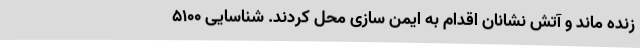
زنده ماند و آتش نشانان اقدام به ایمن سازی محل کردند. شناسایی ۵۱۰۰